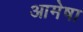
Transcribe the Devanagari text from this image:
आमेषा